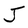
Character: J